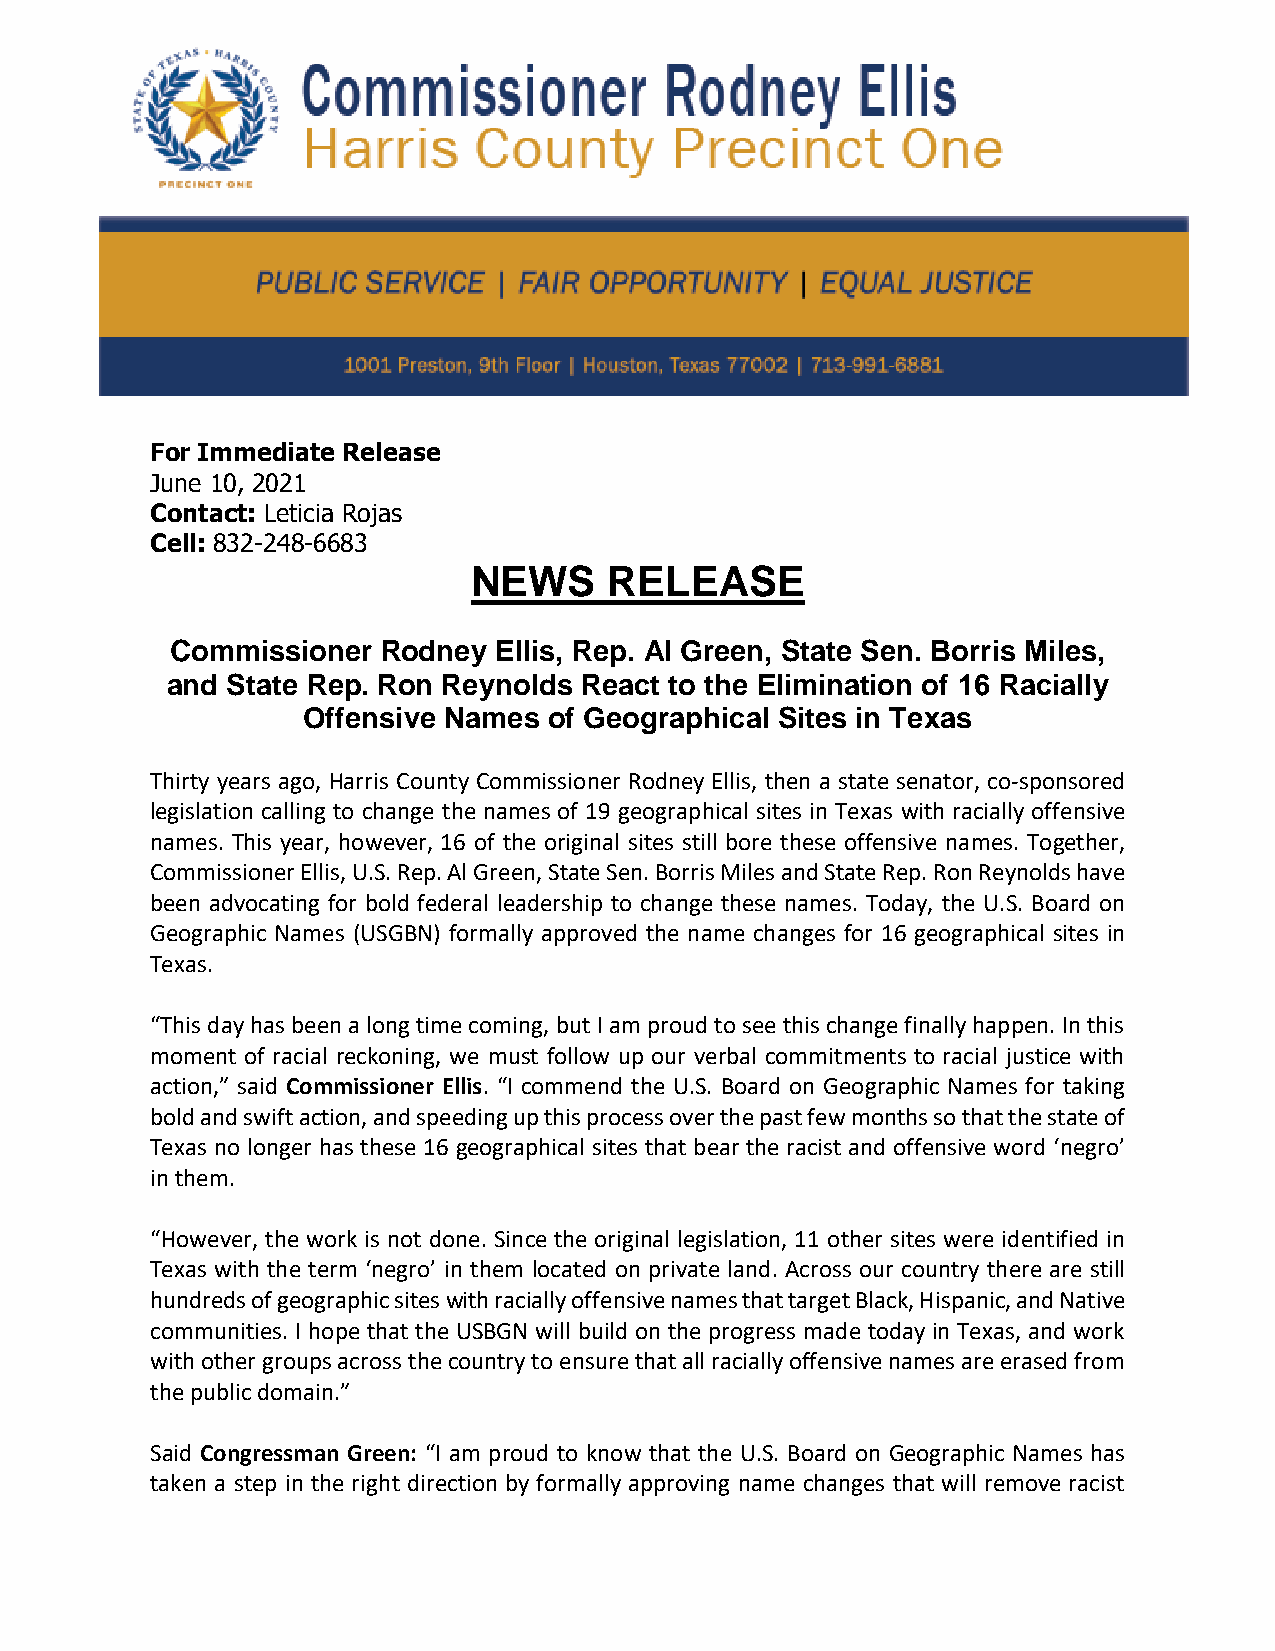
For Immediate Release
 June 10, 2021
 Contact: Leticia Rojas
 Cell: 832-248-6683
 NEWS     RELEASE
 Commissioner  Rodney  Ellis, Rep. Al Green, State Sen. Borris Miles,
 and State Rep. Ron Reynolds React to the Elimination of 16 Racially
 Offensive Names of Geographical Sites in Texas
 Thirty years ago, Harris County Commissioner Rodney Ellis, then a state senator, co-sponsored
 legislation calling to change the names of 19 geographical sites in Texas with racially offensive
 names. This year, however, 16 of the original sites still bore these offensive names. Together,
 Commissioner Ellis, U.S. Rep. Al Green, State Sen. Borris Miles and State Rep. Ron Reynolds have
 been advocating for bold federal leadership to change these names. Today, the U.S. Board on
 Geographic Names (USGBN) formally approved the name changes for 16 geographical sites in
 Texas.
 “This day has been a long time coming, but I am proud to see this change finally happen. In this
 moment of racial reckoning, we must follow up our verbal commitments to racial justice with
 action,” said Commissioner Ellis. “I commend the U.S. Board on Geographic Names for taking
 bold and swift action, and speeding up this process over the past few months so that the state of
 Texas no longer has these 16 geographical sites that bear the racist and offensive word ‘negro’
 in them.
 “However, the work is not done. Since the original legislation, 11 other sites were identified in
 Texas with the term ‘negro’ in them located on private land. Across our country there are still
 hundreds of geographic sites with racially offensive names that target Black, Hispanic, and Native
 communities. I hope that the USBGN will build on the progress made today in Texas, and work
 with other groups across the country to ensure that all racially offensive names are erased from
 the public domain.”
 Said Congressman Green: “I am proud to know that the U.S. Board on Geographic Names has
 taken a step in the right direction by formally approving name changes that will remove racist